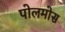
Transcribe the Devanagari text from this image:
पोलमोस